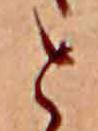
と